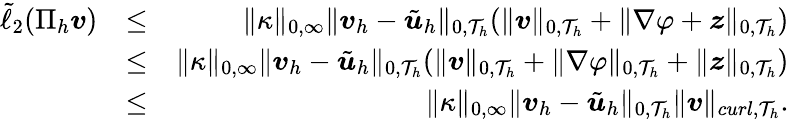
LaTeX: \begin{array}{rlr}{\tilde{\ell}_{2}(\Pi_{h}\boldsymbol{v})}&{\leq}&{\| \kappa\| _{0,\infty}\| \boldsymbol{v}_{h}-\tilde{\boldsymbol{u}}_{h}\| _{0,\mathcal{T}_{h}}(\| \boldsymbol{v}\| _{0,\mathcal{T}_{h}}+\| \nabla\varphi+\boldsymbol{z}\| _{0,\mathcal{T}_{h}})}\\ &{\leq}&{\| \kappa\| _{0,\infty}\| \boldsymbol{v}_{h}-\tilde{\boldsymbol{u}}_{h}\| _{0,\mathcal{T}_{h}}(\| \boldsymbol{v}\| _{0,\mathcal{T}_{h}}+\| \nabla\varphi\| _{0,\mathcal{T}_{h}}+\| \boldsymbol{z}\| _{0,\mathcal{T}_{h}})}\\ &{\leq}&{\| \kappa\| _{0,\infty}\| \boldsymbol{v}_{h}-\tilde{\boldsymbol{u}}_{h}\| _{0,\mathcal{T}_{h}}\| \boldsymbol{v}\| _{curl,\mathcal{T}_{h}}.}\end{array}